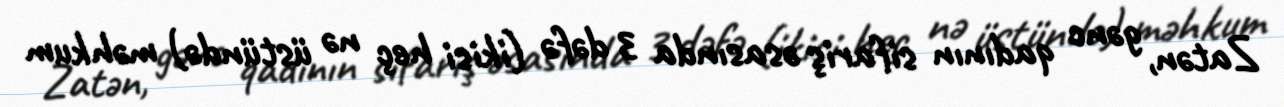
Zatən, gənc qadının sifariş əsasında 3 dəfə (ikisi heç nə üstündə) məhkum